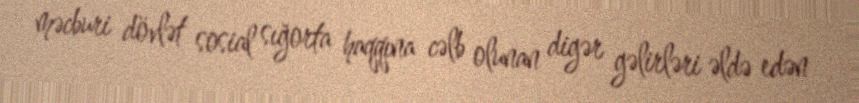
məcburi dövlət sosial sığorta haqqına cəlb olunan digər gəlirləri əldə edən